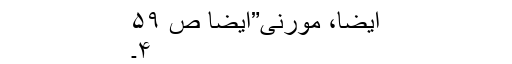
ایضاََ، مورنی”ایضاََ ص ۵۹
۴۔